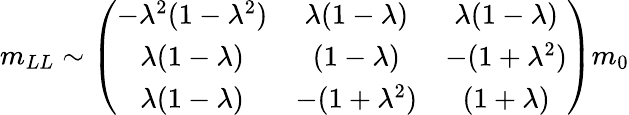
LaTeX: m_{LL}\sim\left(\begin{array}{ccc}{{-\lambda^{2}(1-\lambda^{2})}}&{{\lambda(1-\lambda)}}&{{\lambda(1-\lambda)}}\\ {{\lambda(1-\lambda)}}&{{(1-\lambda)}}&{{-(1+\lambda^{2})}}\\ {{\lambda(1-\lambda)}}&{{-(1+\lambda^{2})}}&{{(1+\lambda)}}\end{array}\right)m_{0}